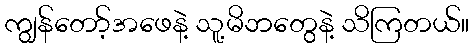
ကျွန်တော့်အဖေနဲ့ သူ့မိဘတွေနဲ့ သိကြတယ်။